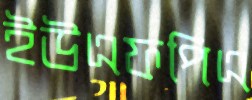
ইউএফপিএ